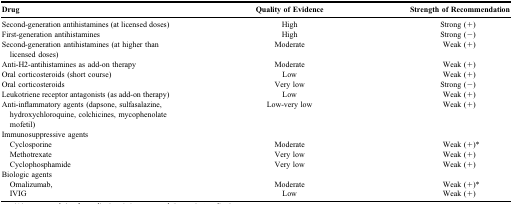
<table><thead><tr><td><b>Drug</b></td><td><b>Quality of Evidence</b></td><td><b>Strength of Recommendation</b></td></tr></thead><tbody><tr><td>Second-generation antihistamines (at licensed doses)</td><td>High</td><td>Strong (+)</td></tr><tr><td>First-generation antihistamines</td><td>High</td><td>Strong (-)</td></tr><tr><td>Second-generation antihistamines (at higher than licensed doses)</td><td>Moderate</td><td>Weak (+)</td></tr><tr><td>Anti-H2-antihistamines as add-on therapy</td><td>Moderate</td><td>Weak (+)</td></tr><tr><td>Oral corticosteroids (short course)</td><td>Low</td><td>Weak (+)</td></tr><tr><td>Oral corticosteroids</td><td>Very low</td><td>Strong (-)</td></tr><tr><td>Leukotriene receptor antagonists (as add-on therapy)</td><td>Low</td><td>Weak (+)</td></tr><tr><td>Anti-inflammatory agents (dapsone, sulfasalazine, hydroxychloroquine, colchicines, mycophenolate mofetil)</td><td>Low-very low</td><td>Weak (+)</td></tr><tr><td>Immunosuppressive agents</td><td></td><td></td></tr><tr><td> Cyclosporine</td><td>Moderate</td><td>Weak (+)*</td></tr><tr><td> Methotrexate</td><td>Very low</td><td>Weak (+)</td></tr><tr><td> Cyclophosphamide</td><td>Very low</td><td>Weak (+)</td></tr><tr><td>Biologic agents</td><td></td><td></td></tr><tr><td> Omalizumab,</td><td>Moderate</td><td>Weak (+)*</td></tr><tr><td> IVIG</td><td>Low</td><td>Weak (+)</td></tr></tbody></table>